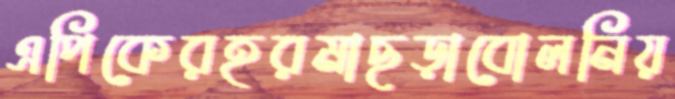
এপিকেরহরমাছড়াবোলনিয়